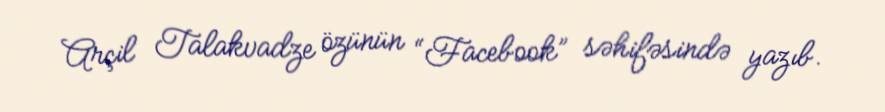
Arçil Talakvadze özünün “Facebook” səhifəsində yazıb.